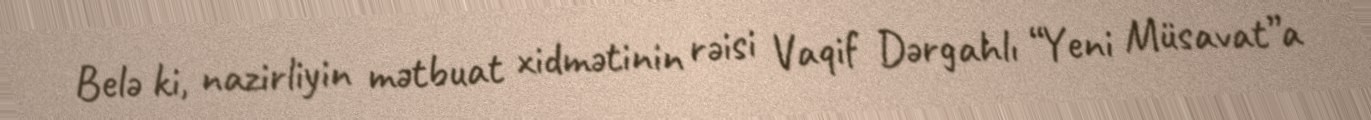
Belə ki, nazirliyin mətbuat xidmətinin rəisi Vaqif Dərgahlı “Yeni Müsavat”a